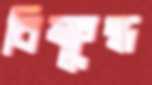
বিক্ষুব্ধ